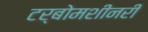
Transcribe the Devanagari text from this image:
टर्बोमशीनरी